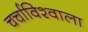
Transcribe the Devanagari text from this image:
चर्चाविश्वाला